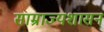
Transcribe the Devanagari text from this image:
साम्राज्यशासन